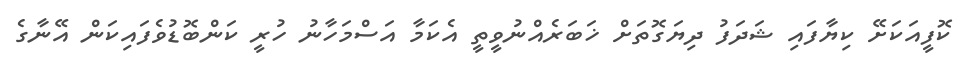
ކޮފީއަކަށޭ ކިޔާފައި ޝަދަފު ދިޔަގޮތަށް ޚަބަރެއްނުވީތީ އެކަމާ އަސްމަހާނު ހުރީ ކަންބޮޑުވެފައިކަން އޭނާގެ